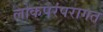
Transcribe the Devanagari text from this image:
लोकपरंपरागत